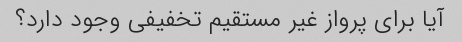
آیا برای پرواز غیر مستقیم تخفیفی وجود دارد؟